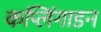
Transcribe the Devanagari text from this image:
कप्लिंगाडन